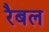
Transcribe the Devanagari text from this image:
रैबल